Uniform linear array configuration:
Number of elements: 24
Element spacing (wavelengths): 0.25
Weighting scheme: exponential
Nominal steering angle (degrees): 0
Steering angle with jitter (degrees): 0.273
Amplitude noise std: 0.05
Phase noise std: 0.05

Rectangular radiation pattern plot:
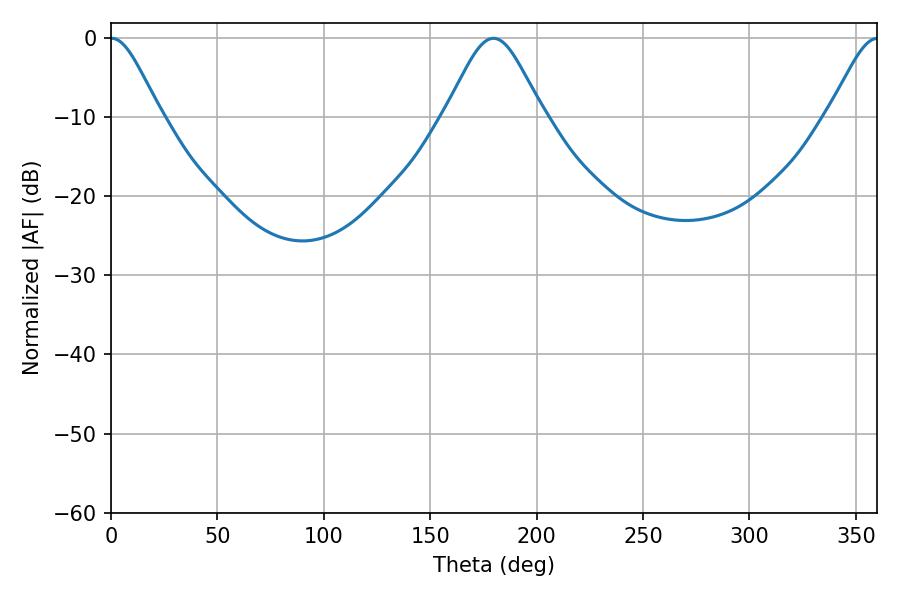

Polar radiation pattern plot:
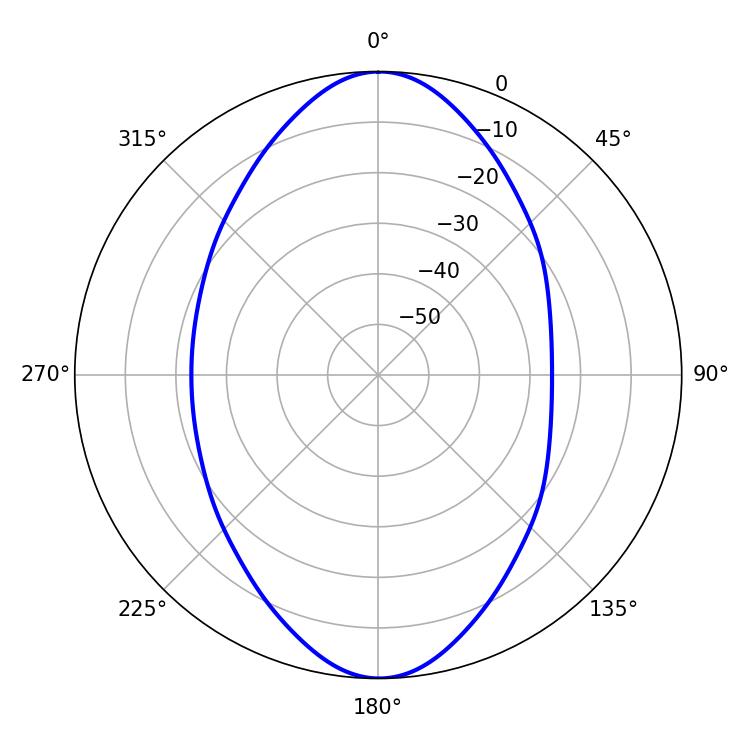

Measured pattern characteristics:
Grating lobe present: FALSE
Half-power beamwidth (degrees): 11.52
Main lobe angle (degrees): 0.36